Leaving Certificate Examination (including Day School Certificate (Higher) General paper), 1926
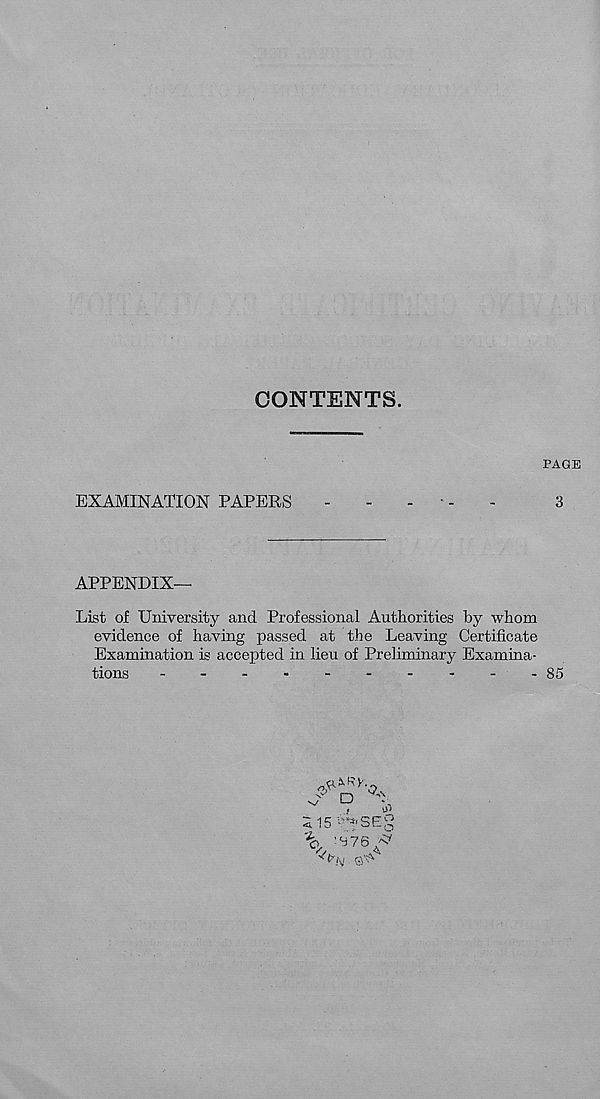
CONTENTS.
PAGE
EXAMINATION PAPERS
-----
3
APPENDIX—
List of University and Professional Authorities by whom
evidence of having passed at the Leaving Certificate
Examination is accepted in lieu of Preliminary Examina-
tions
85